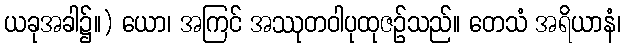
ယခုအခါ၌။) ယော၊ အကြင် အဿုတဝါပုထုဇဉ်သည်။ တေသံ အရိယာနံ၊